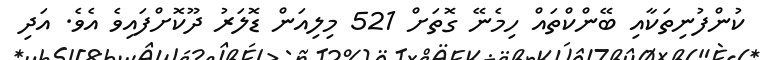
ކުންފުނިތަކާއި ބޭންކްތައް ހިމެނޭ ގޮތަށް 521 މިލިއަން ޑޮލަރު ދޫކޮށްފައިވެ އެވެ. އަދި